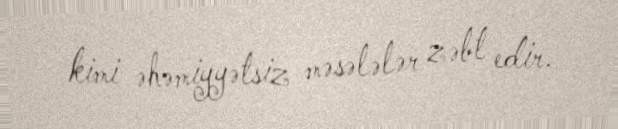
kimi əhəmiyyətsiz məsələlər zəbt edir.